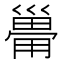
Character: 𰏆